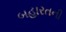
બહારતની